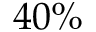
4 0 \%